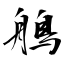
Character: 鵃